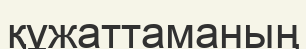
құжаттаманың